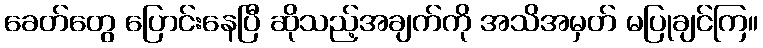
ခေတ်တွေ ပြောင်းနေပြီ ဆိုသည့်အချက်ကို အသိအမှတ် မပြုချင်ကြ။